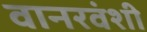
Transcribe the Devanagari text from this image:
वानरवंशी